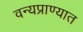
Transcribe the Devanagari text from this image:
वन्यप्राण्यात